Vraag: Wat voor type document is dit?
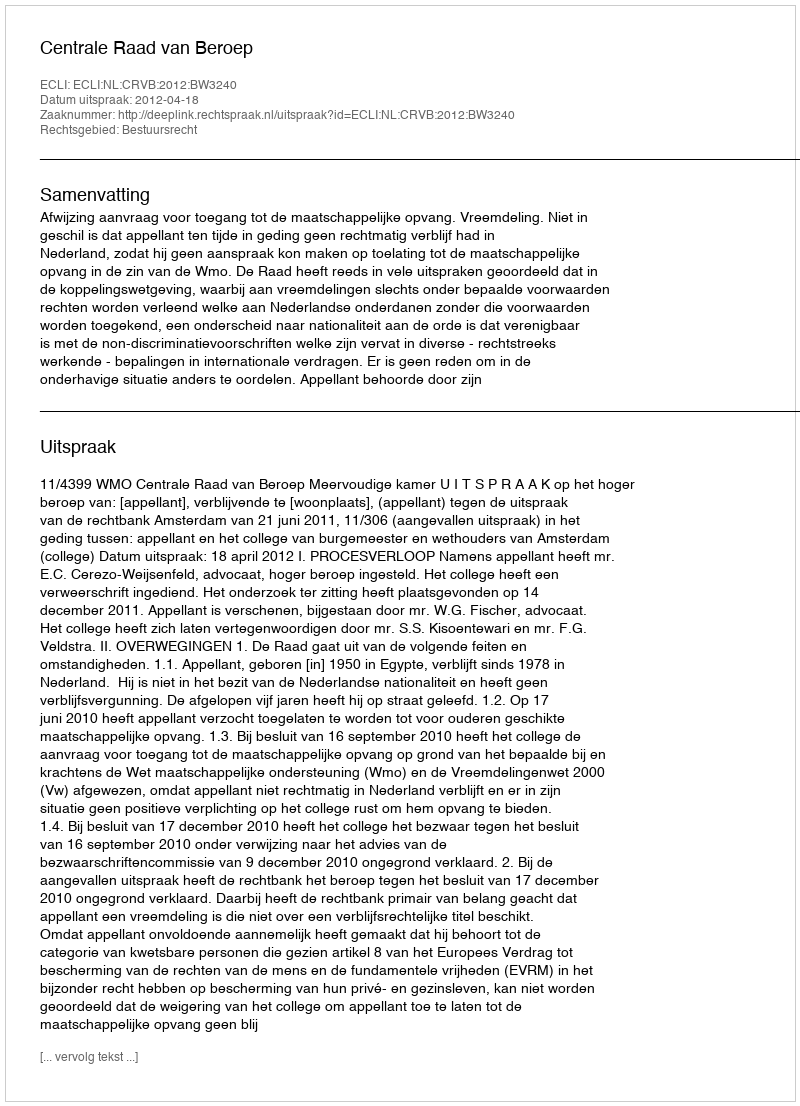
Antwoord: Uitspraak